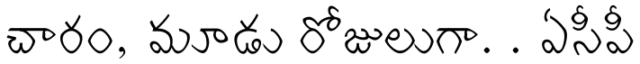
చారం, మూడు రోజులుగా. . ఏసీపీ